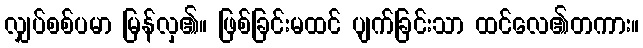
လျှပ်စစ်ပမာ မြန်လှ၏။ ဖြစ်ခြင်းမထင် ပျက်ခြင်းသာ ထင်လေ၏တကား။